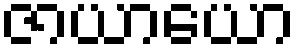
ဇာယာယော